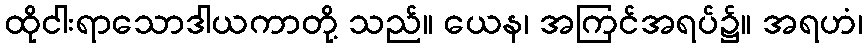
ထိုငါးရာသောဒါယကာတို့ သည်။ ယေန၊ အကြင်အရပ်၌။ အရဟံ၊